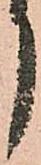
月